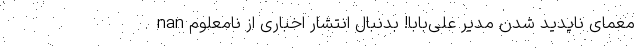
nan معمای ناپدید شدن مدیر علی‌بابا! بدنبال انتشار اخباری از نامعلوم